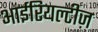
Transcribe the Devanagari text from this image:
आईरियल्टीज़